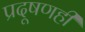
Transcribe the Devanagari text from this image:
प्रदूषणही